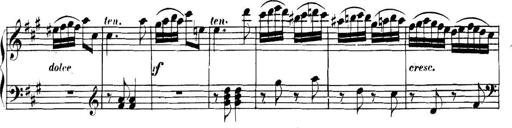
Title: Collected Piano Sonatas
Composer: Muzio Clementi